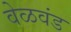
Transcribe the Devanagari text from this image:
वेळवंड